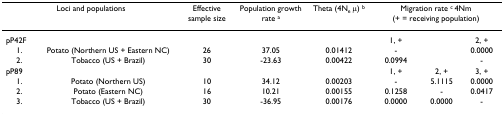
| <COLSPAN=2> Loci and populations | Effective sample size | Population growth rate a | Theta (4Ne μ) b | <COLSPAN=3> Migration rate c 4Nm (+ = receiving population) |
 | --- | --- | --- | --- | --- | --- | --- | --- |
 | pP42F |  |  |  |  | 1, + |  | 2, + |
 | 1. | Potato (Northern US + Eastern NC) | 26 | 37.05 | 0.01412 | - |  | 0.0000 |
 | 2. | Tobacco (US + Brazil) | 30 | -23.63 | 0.00422 | 0.0994 |  | - |
 | pP89 |  |  |  |  | 1, + | 2, + | 3, + |
 | 1. | Potato (Northern US) | 10 | 34.12 | 0.00203 | - | 5.1115 | 0.0000 |
 | 2. | Potato (Eastern NC) | 16 | 10.21 | 0.00155 | 0.1258 | - | 0.0417 |
 | 3. | Tobacco (US + Brazil) | 30 | -36.95 | 0.00176 | 0.0000 | 0.0000 | - |